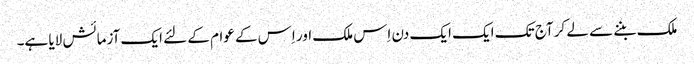
ملک بننے سے لے کر آج تک ایک ایک دن اِس ملک اور اِس کے عوام کے لئے ایک آزمائش لایا ہے۔